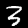
Label: 3